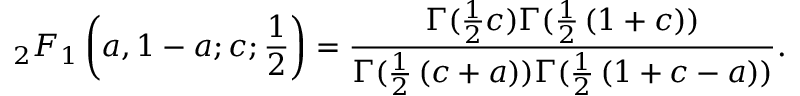
_ { 2 } F _ { 1 } \left( a , 1 - a ; c ; { \frac { 1 } { 2 } } \right) = { \frac { \Gamma ( { \frac { 1 } { 2 } } c ) \Gamma ( { \frac { 1 } { 2 } } \left( 1 + c \right) ) } { \Gamma ( { \frac { 1 } { 2 } } \left( c + a \right) ) \Gamma ( { \frac { 1 } { 2 } } \left( 1 + c - a \right) ) } } .